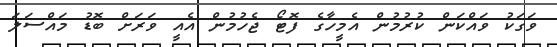
ވަގަކު ވައްކަން ކުރުމުން އެމީހާގެ ފޮޓޯ ޖެހުމުން އެއީ ވަރަށް ބޮޑު މައްސަލަ